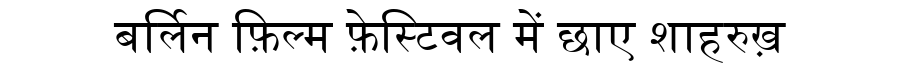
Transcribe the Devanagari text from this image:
बर्लिन फ़िल्म फ़ेस्टिवल में छाए शाहरुख़